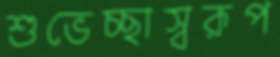
শুভেচ্ছাস্বরূপ